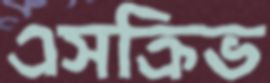
এসক্রিভ